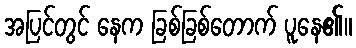
အပြင်တွင် နေက ခြစ်ခြစ်တောက် ပူနေ၏။